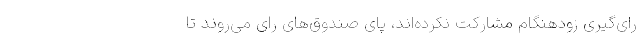
رای‌گیری زودهنگام مشارکت نکرده‌اند، پای صندوق‌های رای می‌روند تا